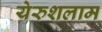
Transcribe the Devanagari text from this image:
येरुशलाम